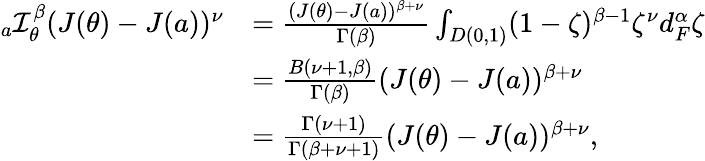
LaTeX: \begin{array}{rl}{_{a}\mathcal{I}_{\theta}^{\beta}(J(\theta)-J(a))^{\nu}}&{=\frac{(J(\theta)-J(a))^{\beta+\nu}}{\Gamma(\beta)}\int_{D(0,1)}(1-\zeta)^{\beta-1}\zeta^{\nu}d_{F}^{\alpha}\zeta}\\ &{=\frac{B(\nu+1,\beta)}{\Gamma(\beta)}(J(\theta)-J(a))^{\beta+\nu}}\\ &{=\frac{\Gamma(\nu+1)}{\Gamma(\beta+\nu+1)}(J(\theta)-J(a))^{\beta+\nu},}\end{array}